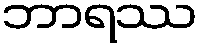
ဘာရဿ